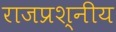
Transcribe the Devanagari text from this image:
राजप्रश्नीय